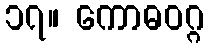
၁၇။ ကောဓဝဂ္ဂ